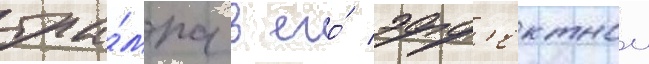
тра́мпа в его́ эфф'ектнои